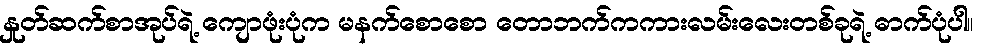
နှုတ်ဆက်စာအုပ်ရဲ့ ကျောဖုံးပုံက မနက်စောစော တောဘက်ကကားလမ်းလေးတစ်ခုရဲ့ ဓာက်ပုံပါ။